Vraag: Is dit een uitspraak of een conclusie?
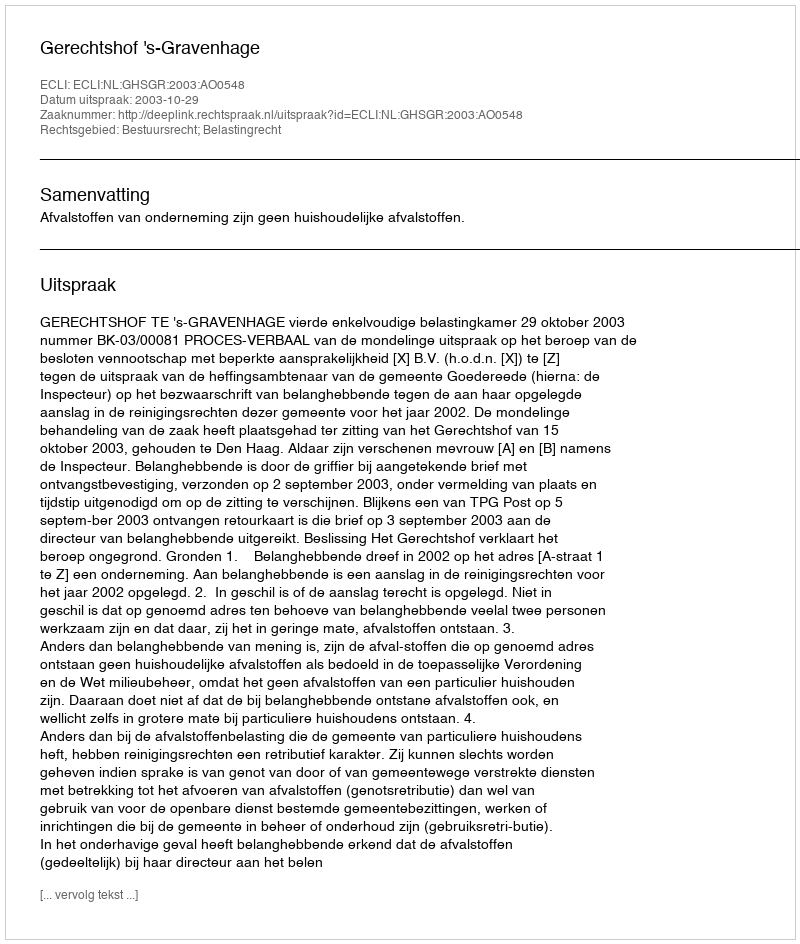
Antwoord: Uitspraak